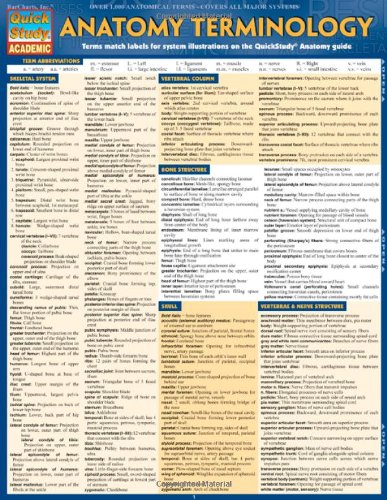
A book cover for Anatomy Terminology (Quick Study Academic); Inc. BarCharts; Medical Books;